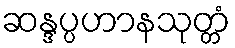
ဆန္ဒပ္ပဟာနသုတ္တံ